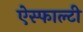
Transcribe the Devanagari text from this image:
ऐस्फाल्टी